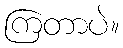
ကြတာပဲ။